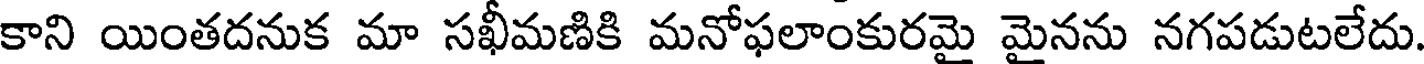
కాని యింతదనుక మా సఖీమణికి మనోఫలాంకురమై మైనను నగపడుటలేదు